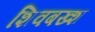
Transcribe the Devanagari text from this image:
शिवबख्श